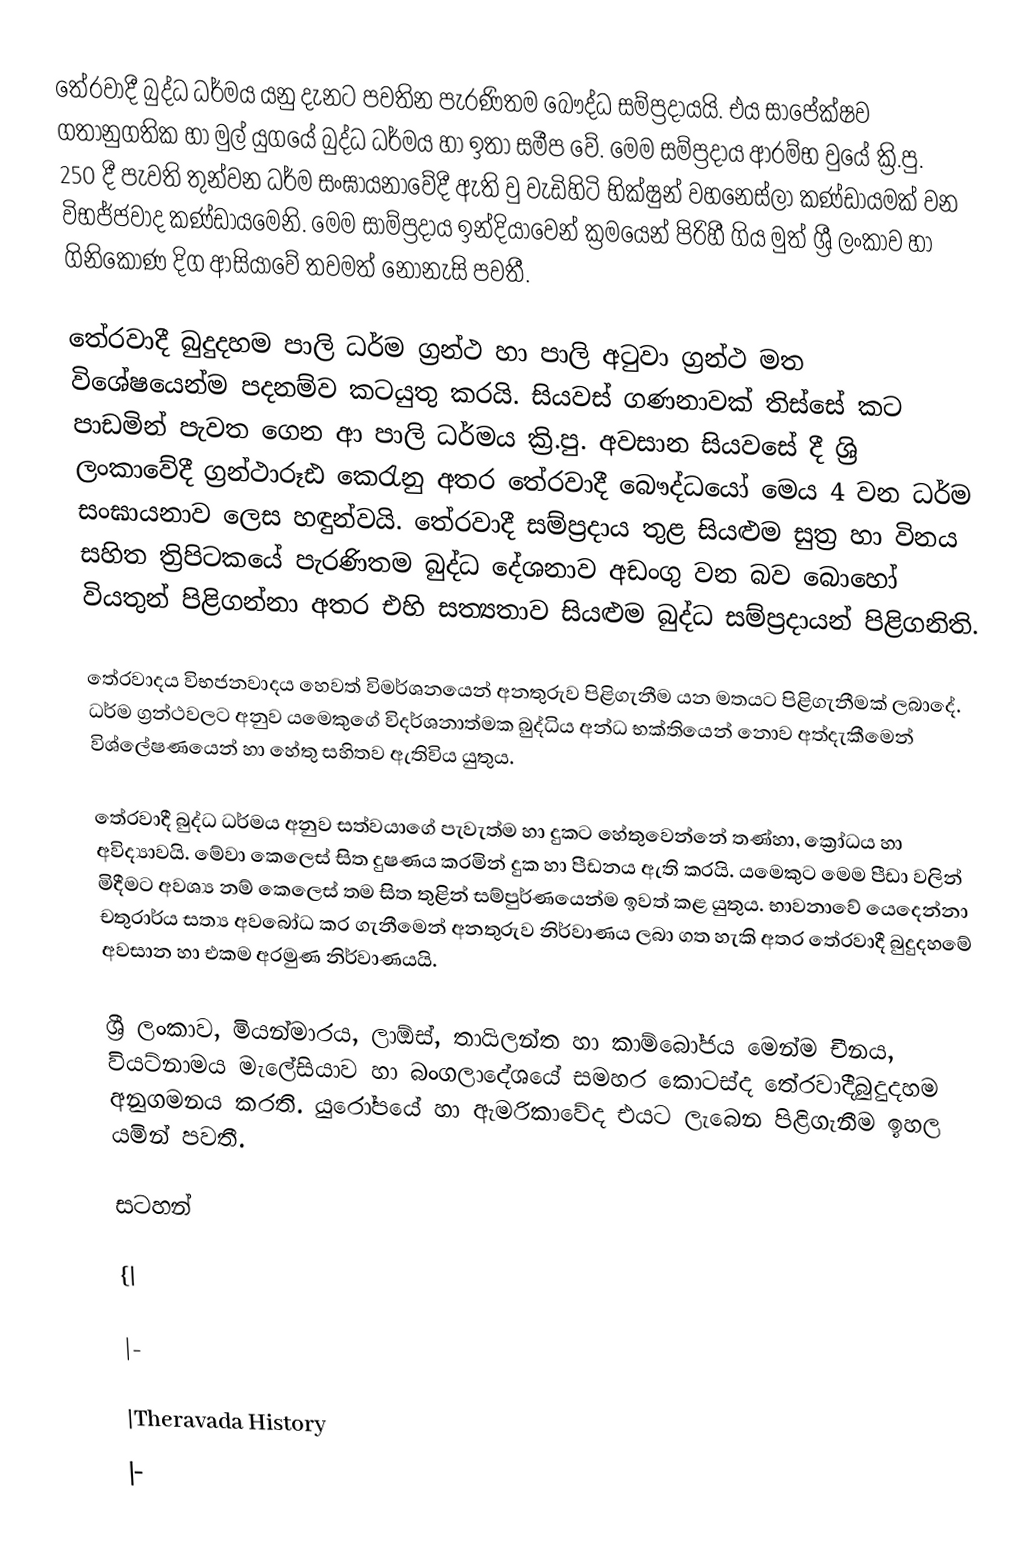
තේරවාදී බුද්ධ ධර්මය යනු දැනට පවතින පැරණිතම බෞද්ධ සම්ප්‍රදායයි. එය සාපේක්ෂව ගතානුගතික හා මුල් යුගයේ බුද්ධ ධර්මය හා ඉතා සමීප වේ. මෙම සම්ප්‍රදාය ආරම්භ වුයේ ක්‍රි.පු. 250 දී පැවති තුන්වන ධර්ම සංඝායනාවේදී ඇති වු වැඩිහිටි භික්ෂුන් වහන‍්සේලා කණ්ඩායමක් වන විභජ්ජවාද කණ්ඩායමෙනි. මෙම සාම්ප්‍රදාය ඉන්දියාවෙන් ක්‍රමයෙන් පිරිහී ගිය මුත් ශ්‍රී ලංකාව හා ගිනිකොණ දිග ආසියාවේ තවමත් නොනැසි පවතී.

තේරවාදී බුදුදහම පාලි ධර්ම ග්‍රන්ථ හා පාලි අටුවා ග්‍රන්ථ මත විශේෂයෙන්ම පදනම්ව කටයුතු කරයි. සියවස් ගණනාවක් තිස්සේ කට පාඩමින් පැවත ගෙන ආ පාලි ධර්මය ක්‍රි.පු. අවසාන සියවසේ දී ශ්‍රි ලංකාවේදී ග්‍රන්ථාරූඪ කෙරැනු අතර තේරවාදී බෞද්ධයෝ මෙය 4 වන ධර්ම සංඝායනාව ලෙස හඳුන්වයි. තේරවාදී සම්ප්‍රදාය තුළ සියළුම සුත්‍ර හා විනය සහිත ත්‍රිපිටකයේ පැරණිතම බුද්ධ දේශනාව අඩංගු වන බව බොහෝ වියතුන් පිළිගන්නා අතර එහි සත්‍යතාව සියළුම බුද්ධ සම්ප්‍රදායන් පිළිගනිති.

තේරවාදය විභජනවාදය හෙවත් විමර්ශනයෙන් අනතුරුව පිළිගැනීම යන මතයට පිළිගැනීමක් ලබාදේ. ධර්ම ග්‍රන්ථවලට අනුව යමෙකුගේ විදර්ශනාත්මක බුද්ධිය අන්ධ භක්තියෙන් නොව අත්දැකීමෙන් විශ්ලේෂණයෙන් හා හේතු සහිතව ඇතිවිය යුතුය.

තේරවාදී බුද්ධ ධර්මය අනුව සත්වයාගේ පැවැත්ම හා දුකට හේතුවෙන්නේ තණ්හා, ක්‍රෝධය හා අවිද්‍යාවයි. මේවා කෙලෙස් සිත දුෂණය කරමින් දුක හා පීඩනය ඇති කරයි. යමෙකුට මෙම පීඩා වලින් මිදීමට අවශ්‍ය නම් කෙලෙස් තම සිත තුළින් සම්පුර්ණයෙන්ම ඉවත් කළ යුතුය. භාවනාවේ යෙදෙන්නා චතුරාර්ය සත්‍ය අවබෝධ කර ගැනීමෙන් අනතුරුව නිර්වාණය ලබා ගත හැකි අතර  තේරවාදී බුදුදහමේ අවසාන හා එකම අරමුණ නිර්වාණයයි.

ශ්‍රී ලංකාව, මියන්මාරය, ලාඕස්, තායිලන්ත හා කාම්බෝජය මෙන්ම චීනය, වියට්නාමය මැලේසියාව හා බංගලාදේශයේ සමහර කොටස්ද තේරවාදීබුදුදහම අනුගමනය කරති. යුරෝපයේ හා ඇමරිකාවේද එයට ලැබෙන පිළිගැනීම ඉහල යමින් පවතී.

සටහන්

{|

|-

|Theravada History
|-